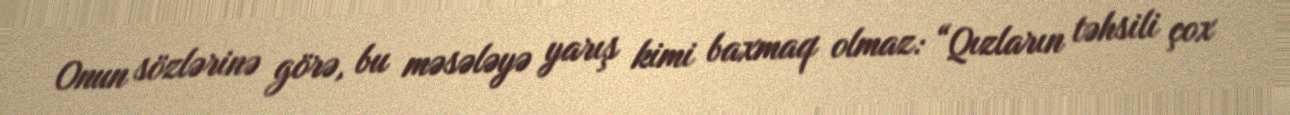
Onun sözlərinə görə, bu məsələyə yarış kimi baxmaq olmaz: “Qızların təhsili çox